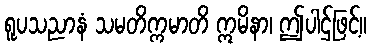
ရူပသညာနံ သမတိက္ကမာတိ ဣမိနာ၊ ဤပါဌ်ဖြင့်။